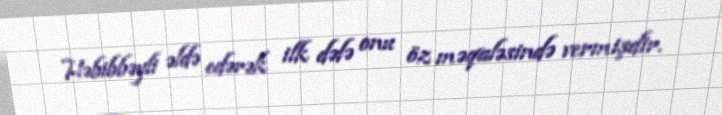
Həbibbəyli əldə edərək ilk dəfə onu öz məqaləsində vermişdir.